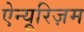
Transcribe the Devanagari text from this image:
ऐन्यूरिज़म